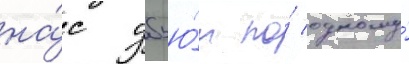
на́с убью́т по́ одному́